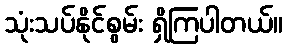
သုံးသပ်နိုင်စွမ်း ရှိကြပါတယ်။